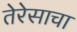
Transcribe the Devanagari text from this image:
तेरेसाचा